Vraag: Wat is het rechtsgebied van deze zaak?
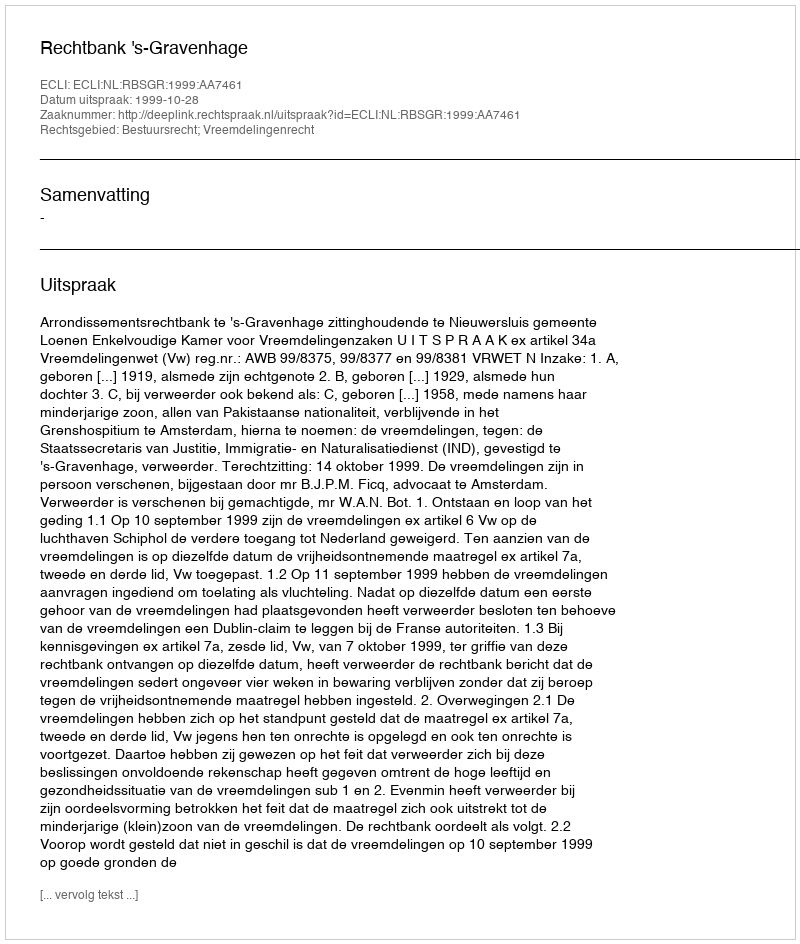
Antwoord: Bestuursrecht; Vreemdelingenrecht